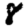
Digit: 8